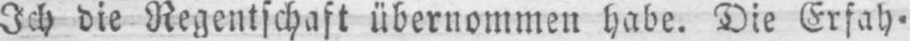
Ich die Regentschaft übernommen habe. Die Erfah⸗